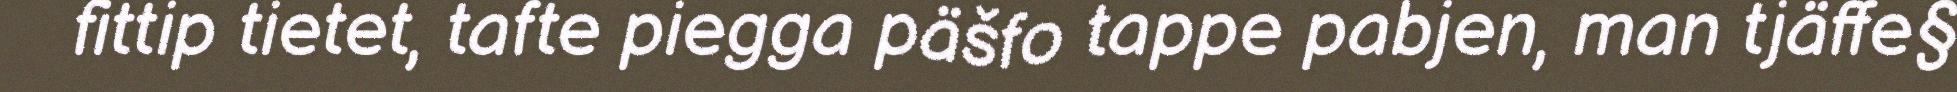
fittip tietet, tafte piegga päšfo tappe pabjen, man tjäffe§